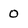
Character: 0